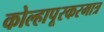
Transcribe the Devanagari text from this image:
कोल्हापूरकरमात्र